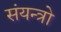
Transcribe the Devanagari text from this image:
संयन्त्रो